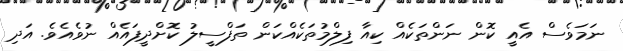
ނަމަވެސް އެއީ ކޮން ނަންތަކެއް ކިއާ ފިލްމުތަކެއްކަން ތަފްސީލު ކޮށްދީފައެއް ނުވެއެވެ. އަދި